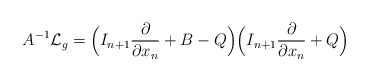
\begin{align*} A^{-1}\mathcal{L}_g = \Bigl(I_{n+1}\frac{\partial }{\partial x_n} + B - Q\Bigr)\Bigl(I_{n+1}\frac{\partial }{\partial x_n} + Q\Bigr) \end{align*}